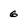
Character: 6